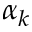
\alpha _ { k }